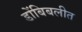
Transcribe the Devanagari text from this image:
डोंबिबलीत